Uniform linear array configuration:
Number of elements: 4
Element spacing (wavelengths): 0.5
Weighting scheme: exponential
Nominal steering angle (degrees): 15
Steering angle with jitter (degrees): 13.669
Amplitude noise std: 0.05
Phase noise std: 0.05

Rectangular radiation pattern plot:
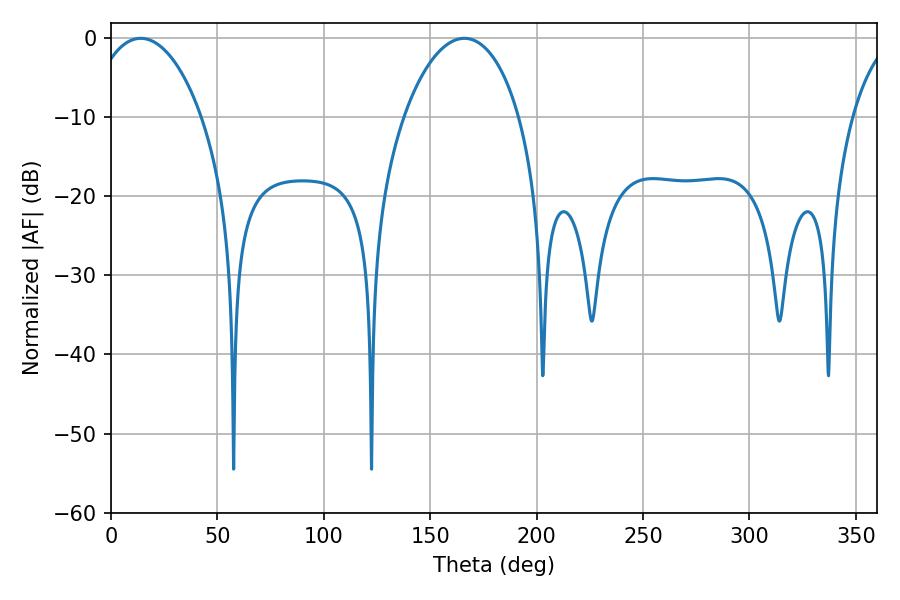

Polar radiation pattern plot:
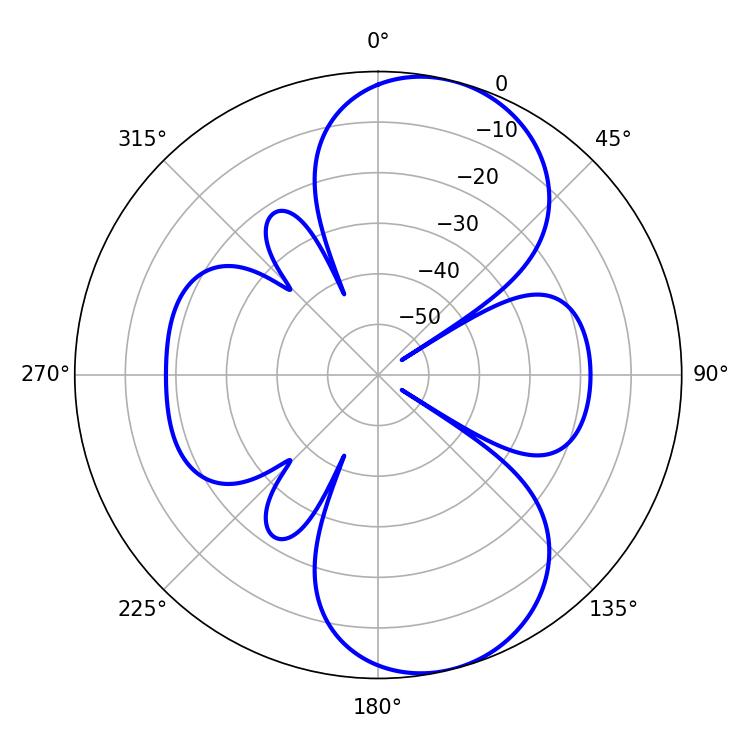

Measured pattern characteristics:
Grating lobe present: FALSE
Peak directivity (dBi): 8.629
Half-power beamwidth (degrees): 29.88
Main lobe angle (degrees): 14.04